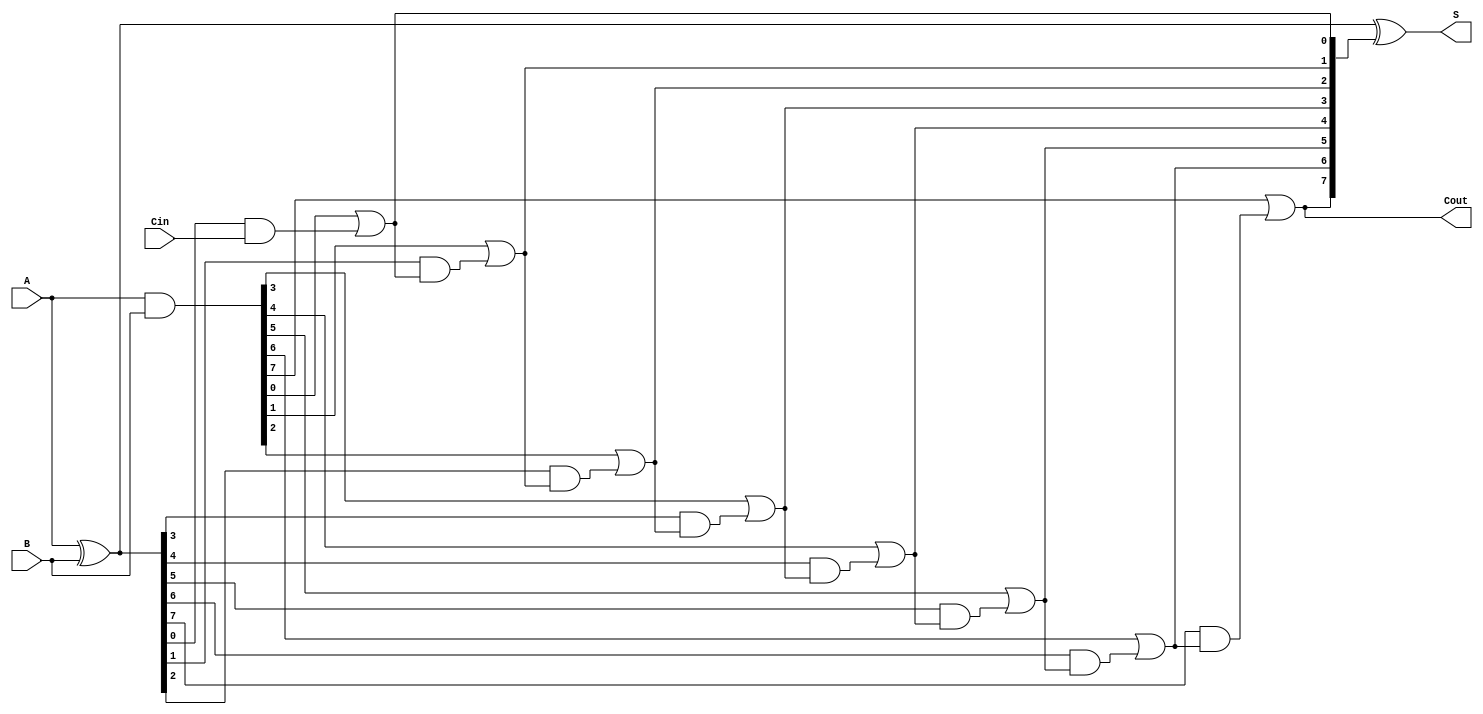
module Sklansky_Adder #(parameter N = 8) (
    input  [N-1:0] A,
    input  [N-1:0] B,
    input          Cin,
    output [N-1:0] S,
    output         Cout
);

    // Generate and propagate signals
    wire [N-1:0] G; // Generate
    wire [N-1:0] P; // Propagate
    wire [N:0] C;   // Carries

    // Generate and propagate calculations
    assign G = A & B;
    assign P = A ^ B;

    // Carry calculation using Sklansky prefix logic
    assign C[0] = Cin; // Initial carry input

    genvar i, j;
    // Level 1: Calculate carry for pairs of bits
    generate
        for (i = 0; i < N; i = i + 1) begin : level1
            assign C[i + 1] = G[i] | (P[i] & C[i]);
        end
    endgenerate

    // Sum calculation
    assign S = P ^ C[N:1]; // Final sum calculation using the carry bits

    // Final carry-out
    assign Cout = C[N];

endmodule